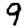
Digit: 9